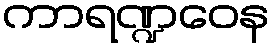
ကာရဏ္ဍဝေန